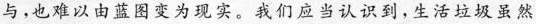
与，也难以由蓝图变为现实。我们应当认识到，生活垃圾虽然